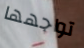
تواجهها